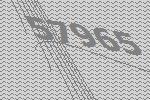
57965